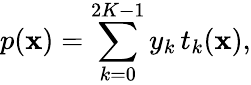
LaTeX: p(\mathbf{x})=\sum_{k=0}^{2K-1}y_{k}\, t_{k}(\mathbf{x}),